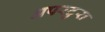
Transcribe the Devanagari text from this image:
अपरटुरा